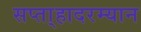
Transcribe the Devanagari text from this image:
सप्ता्हादरम्यान